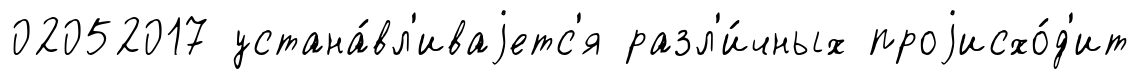
02052017 устана́вл'иваjетс'я разл'и́чных проjисхо́д'ит